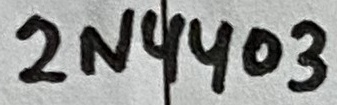
Text: 2N4403